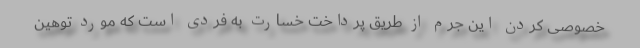
خصوصی کردن این جرم از طریق پرداخت خسارت به فردی است که مورد توهین